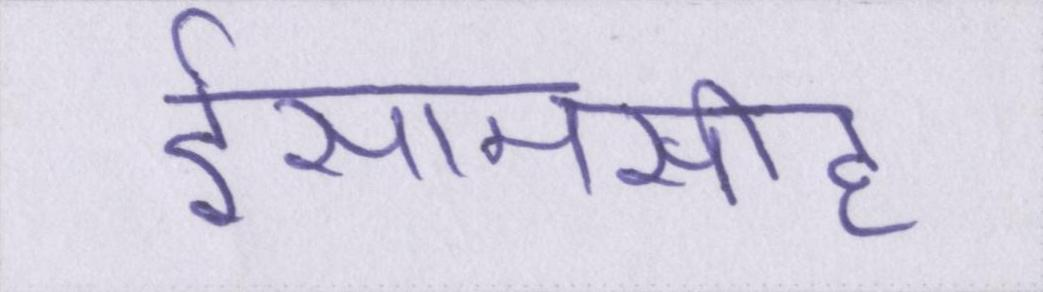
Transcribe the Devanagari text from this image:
ईसामसीह